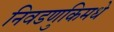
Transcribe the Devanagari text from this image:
निवडणुकिमधे